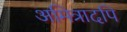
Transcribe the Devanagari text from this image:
अमित्रादपि